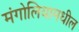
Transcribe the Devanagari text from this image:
मंगोलियामधील